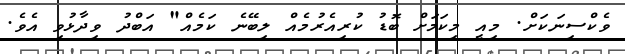
ވެކްސިނަކަށް. މިއީ މިކަމަށް ބޮޑު ކުރިއެރުމެއް ލިބޭނެ ކަމެއް" އަބްދު ވިދާޅުވި އެވެ.